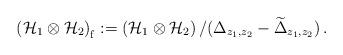
LaTeX: \begin{align*}\left( {\cal H}_1 \otimes {\cal H}_2 \right)_{\mathrm f} :=\left( {\cal H}_1 \otimes {\cal H}_2 \right) / (\Delta_{z_1,z_2} - \widetilde{\Delta}_{z_1,z_2}) \,.\end{align*}